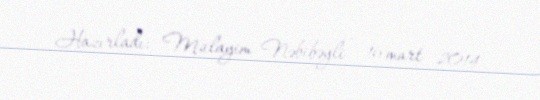
Hazırladı: Mülayim Nəbibəyli - 16 mart 2014